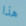
هذا